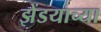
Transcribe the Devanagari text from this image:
झेंडयाच्या